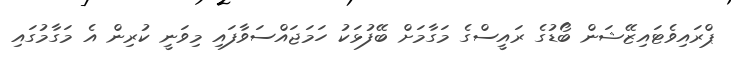
ޕްރައިވެޓައިޒޭޝަން ބޯޑުގެ ރައީސްގެ މަގާމަށް ބޭފުޅަކު ހަމަޖައްސަވާފައި މިވަނީ ކުރިން އެ މަގާމުގައި